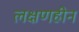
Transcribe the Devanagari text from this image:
लक्षणहीन